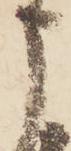
申